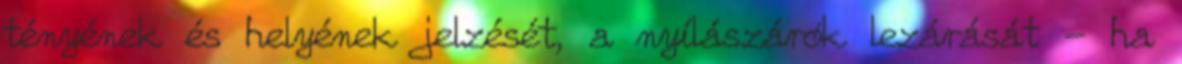
tényének és helyének jelzését, a nyílászárók lezárását - ha